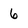
Character: 6